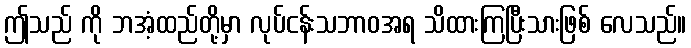
ဤသည် ကို ဘအံ့ထည်တို့မှာ လုပ်ငန်းသဘာဝအရ သိထားကြပြီးသားဖြစ် လေသည်။